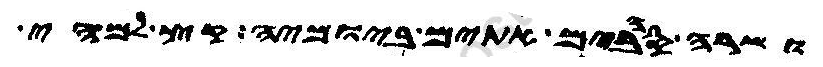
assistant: ושרה סהבים אתים ביומיה קץ למהי